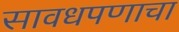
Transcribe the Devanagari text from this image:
सावधपणाचा